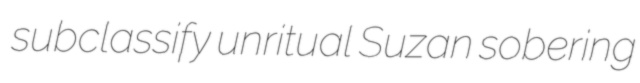
subclassify unritual Suzan sobering